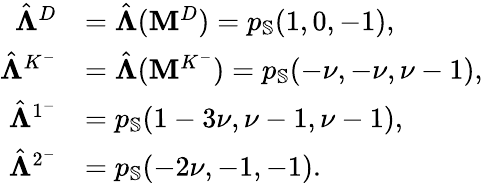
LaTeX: \begin{array}{rl}{\hat{\boldsymbol{\Lambda}}^{D}}&{=\hat{\boldsymbol{\Lambda}}(\mathbf{M}^{D})=p_{\mathbb{S}}(1,0,-1),}\\ {\hat{\boldsymbol{\Lambda}}^{K^{-}}}&{=\hat{\boldsymbol{\Lambda}}(\mathbf{M}^{K^{-}})=p_{\mathbb{S}}(-\nu,-\nu,\nu-1),}\\ {\hat{\boldsymbol{\Lambda}}^{1^{-}}}&{=p_{\mathbb{S}}(1-3\nu,\nu-1,\nu-1),}\\ {\hat{\boldsymbol{\Lambda}}^{2^{-}}}&{=p_{\mathbb{S}}(-2\nu,-1,-1).}\end{array}